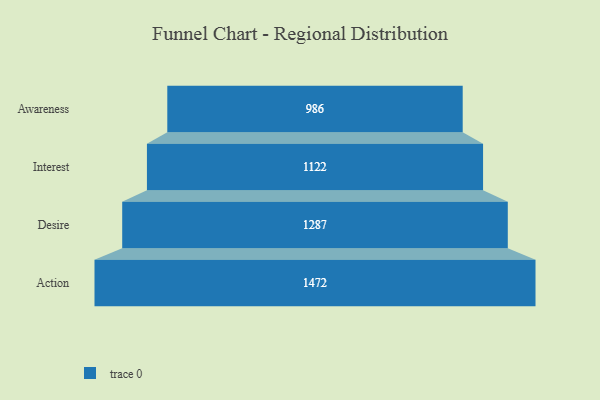
{"axis": {"x": "Stage", "y": "Value"}, "legend": [""], "data": [{"x": "Awareness", "y": 986.0, "type": ""}, {"x": "Interest", "y": 1122.0, "type": ""}, {"x": "Desire", "y": 1287.0, "type": ""}, {"x": "Action", "y": 1472.0, "type": ""}]}